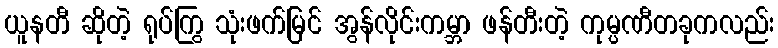
ယူနတီ ဆိုတဲ့ ရုပ်ကြွ သုံးဖက်မြင် အွန်လိုင်းကမ္ဘာ ဖန်တီးတဲ့ ကုမ္ပဏီတခုကလည်း